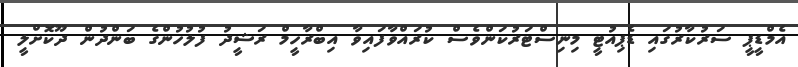
އެމްޑީޕީ ސަރުކާރުގައި ޑެޕިއުޓީ މިނިސްޓަރުކަންވެސް ކުރައްވާފައިވާ އިބްރާހީމް ރަޝީދު ފުލުހުންގެ ބަންދުން ދޫކޮށްލީ